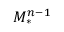
M _ { * } ^ { n - 1 }